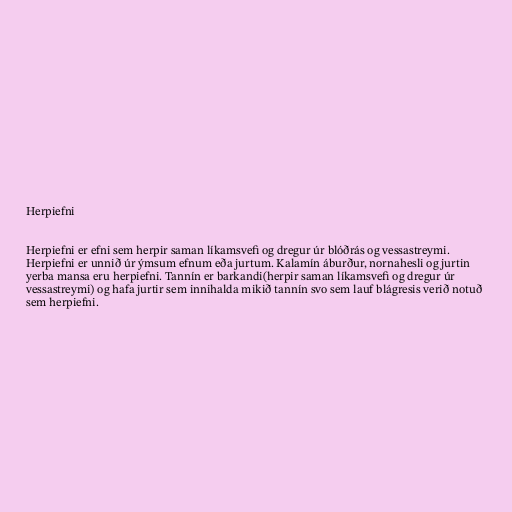
Herpiefni

Herpiefni er efni sem herpir saman líkamsvefi og dregur úr blóðrás og vessastreymi.
Herpiefni er unnið úr ýmsum efnum eða jurtum. Kalamín áburður, nornahesli og jurtin
yerba mansa eru herpiefni. Tannín er barkandi(herpir saman líkamsvefi og dregur úr
vessastreymi) og hafa jurtir sem innihalda mikið tannín svo sem lauf blágresis verið notuð
sem herpiefni.